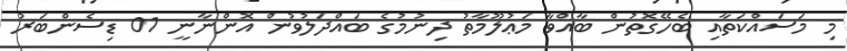
މި މަސައްކަތާއި ބެހޭގޮތުން ބާއްވާ މަޢުލޫމާތު ދިނުމުގެ ބައްދަލުވުން އޮންނާނީ 01 ޑިސެންބަރު